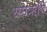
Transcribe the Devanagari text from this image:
सप्तॠषि